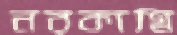
নরকাগ্নি